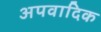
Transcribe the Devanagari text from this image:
अपवादिक